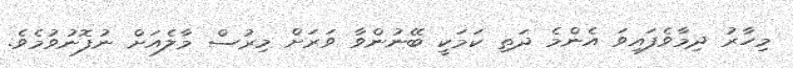
މިހާރު ދިމާވެފައިވަ އެންމެ ދަތި ކަމަކީ ބޭނުންވާ ވަރަށް މިރުސް މާލެއަށް ނުފޮނުވުމެވެ.